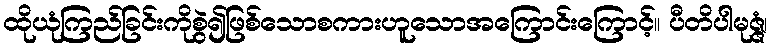
ထိုယုံကြည်ခြင်းကိုစွဲ၍ဖြစ်သောစကားဟူသောအကြောင်းကြောင့်။ ပီတိပါမုဇ္ဇံ၊